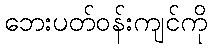
ဘေးပတ်ဝန်းကျင်ကို